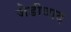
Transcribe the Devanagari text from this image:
जेडीवाद